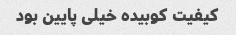
کیفیت کوبیده خیلی پایین بود